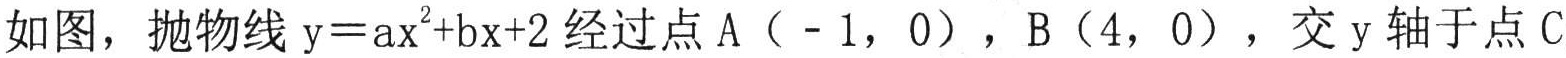
如图，抛物线$\mathrm{y}=a\mathrm{x}^{2}+b\mathrm{x}+2$经过点$\mathrm{A}（ - 1，0）$，$\mathrm{B}（4，0）$，交$\mathrm{y}$轴于点$\mathrm{C}$